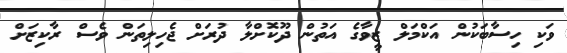
ވަކި ހިސާބަކުން އަކްމަލް ޒީވާގެ އަތުން ދޫކޮށްލާ ދުރަށް ޖެހިލިތަން ވެސް ރާކިޒަށް